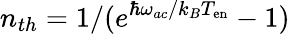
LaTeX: n_{th}=1/(e^{\hbar\omega_{ac}/k_{B}T_{\mathrm{en}}}-1)